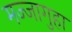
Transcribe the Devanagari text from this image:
मज्जागुहा